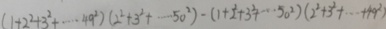
( 1 + 2 ^ { 2 } + 3 ^ { 2 } + \cdots 4 9 ^ { 2 } ) ( 2 ^ { 2 } + 3 ^ { 2 } + \cdots 5 0 ^ { 2 } ) - ( 1 + 2 ^ { 2 } + 3 ^ { 2 } + \cdots 5 0 ^ { 2 } ) ( 2 ^ { 2 } + 3 ^ { 2 } + \cdots + 4 9 ^ { 2 } )